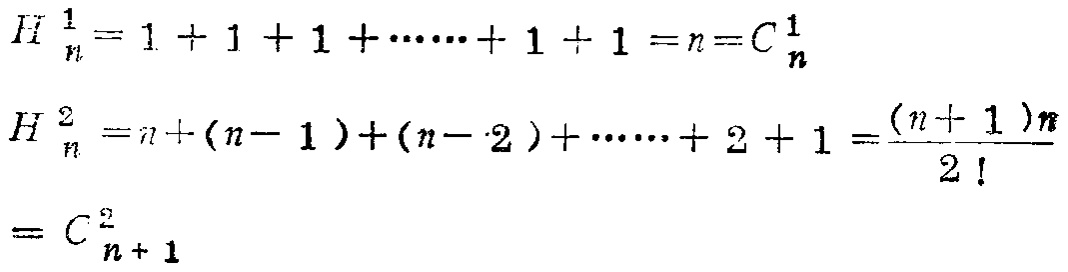
\[

\begin{align*}

H_{n}^1&=1 + 1 + 1 + \cdots + 1 + 1=n = C_{n}^1\\

H_{n}^2&=n+(n - 1)+(n - 2)+\cdots+2 + 1=\frac{(n + 1)n}{2!}\\

&=C_{n + 1}^2

\end{align*}

\]